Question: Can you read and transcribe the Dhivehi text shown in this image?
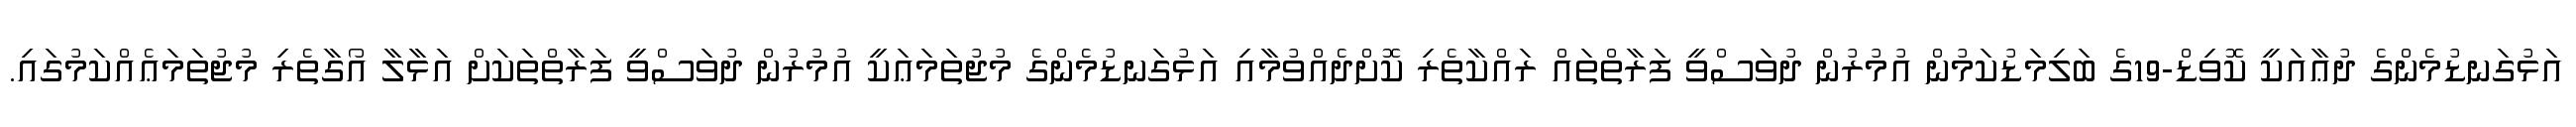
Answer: އަޅުގަނޑުމެންގެ ދުޢާއަކީ ކޮވިޑް-19ގެ ބަލިމަޑުކަމުން އުމުރުން ދުވަސްވީ ފަރާތްތައް ރައްކާތެރި ކޮށްދެއްވުމާއި އަޅުގަނޑުމެންގެ މުޖުތަމަޢަކީ އުމުރުން ދުވަސްވީ ފަރާތްތަކަށް އަޅާލާ އޯގާތެރި މުޖުތަމަޢެއްކަމުގައި.